Indian Civil Veterinary Department memoirs
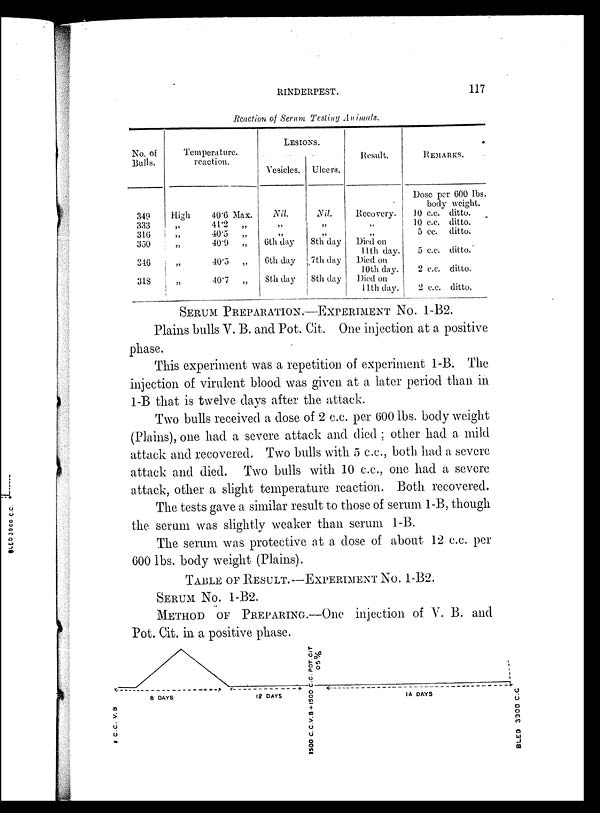
RINDERPEST.
117
Reaction of Serum Testing Animals.
No. of
Bulls.
349
333
316
350
346
318
Temperature
reaction.
High
„
„
„
„
„
40.6 Max.
41.2
„
40.5
„
40.9
„
40.5
„
40.7
„
LESIONS.
Vesicles.
Nil
„
„
6th day
6th day
8th day
Ulcers.
Nil
„
„
8th day
7th day
8th day
Result.
Recovery.
„
„
Died on
11th day.
Died on
10th day.
Died on
11th day.
REMARKS.
Dose per 600 lbs.
body weight.
10 c.c. ditto.
10 c.c. ditto.
5 cc. ditto.
5 c.c. ditto.
2 c.c. ditto.
2 c.c. ditto.
SERUM PREPARATION.–EXPERIMENT NO. 1-B2.
Plains bulls V. B. and Pot. Cit. One injection at a positive
phase.
This experiment was a repetition of experiment 1-B. The
injection of virulent blood was given at a later period than in
1-B that is twelve days after the attack.
Two bulls received a dose of 2 c.c. per 600 lbs. body weight
(Plains), one had a severe attack and died; other had a mild
attack and recovered. Two bulls with 5 c.c., both had a severe
attack and died. Two bulls with 10 c.c., one had a severe
attack, other a slight temperature reaction. Both recovered.
The tests gave a similar result to those of serum 1-B, though
the serum was slightly weaker than serum 1-B.
The serum was protective at a dose of about 12 c.c. per
600 lbs. body weight (Plains).
TABLE OF RESULT. —EXPERIMENT NO. 1-B2.
SERUM No. 1-B2.
METHOD OF PREPARING.—One injection of V. B. and
Pot. Cit. in a positive phase.